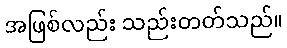
အဖြစ်လည်း သည်းတတ်သည်။